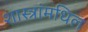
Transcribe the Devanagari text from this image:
शास्त्रांमधिल